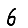
Digit: 6